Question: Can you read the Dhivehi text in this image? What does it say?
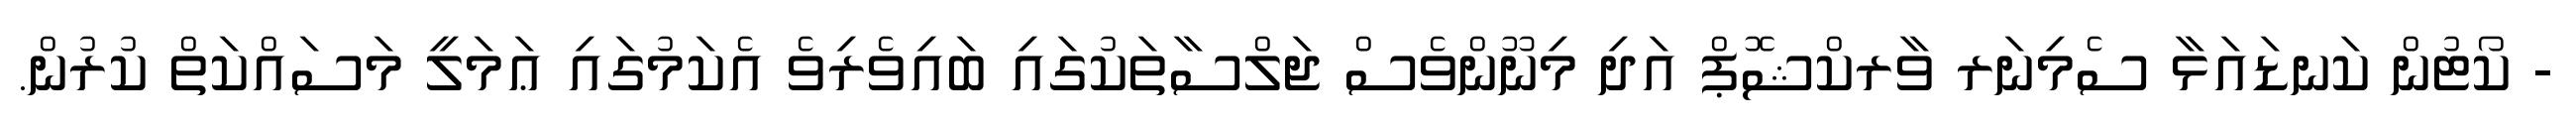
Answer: - ކޯޓުން ކަނޑައަޅާ ސެމިނަރ ވާރކްޝޮޕް އަދި މިނޫންވެސް ޖަލްސާތަކުގައި ބައިވެރިވެ އެކަމުގައި ޢަމަލީ މަސައްކަތް ކުރުން.